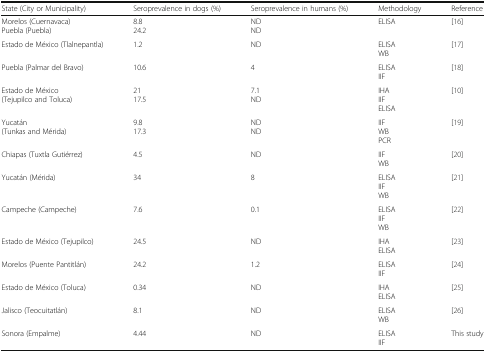
| State (City or Municipality) | Seroprevalence in dogs (%) | Seroprevalence in humans (%) | Methodology | Reference |
 | --- | --- | --- | --- | --- |
 | Morelos (Cuernavaca)Puebla (Puebla) | 8.824.2 | NDND | ELISA | [16] |
 | Estado de México (Tlalnepantla) | 1.2 | ND | ELISAWB | [17] |
 | Puebla (Palmar del Bravo) | 10.6 | 4 | ELISAIIF | [18] |
 | Estado de México(Tejupilco and Toluca) | 2117.5 | 7.1ND | IHAIIFELISA | [10] |
 | Yucatán(Tunkas and Mérida) | 9.817.3 | NDND | IIFWBPCR | [19] |
 | Chiapas (Tuxtla Gutiérrez) | 4.5 | ND | IIFWB | [20] |
 | Yucatán (Mérida) | 34 | 8 | ELISAIIFWB | [21] |
 | Campeche (Campeche) | 7.6 | 0.1 | ELISAIIFWB | [22] |
 | Estado de México (Tejupilco) | 24.5 | ND | IHAELISA | [23] |
 | Morelos (Puente Pantitlán) | 24.2 | 1.2 | ELISAIIF | [24] |
 | Estado de México (Toluca) | 0.34 | ND | IHAELISA | [25] |
 | Jalisco (Teocuitatlán) | 8.1 | ND | ELISAWB | [26] |
 | Sonora (Empalme) | 4.44 | ND | ELISAIIF | This study |